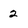
Character: 2